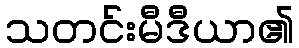
သတင်းမီဒီယာ၏